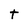
Character: t